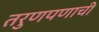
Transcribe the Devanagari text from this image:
तरुणपणाची